Lunatic asylums in Bengal annual reports 1899-1911 - 1899-1911
Year: 1899
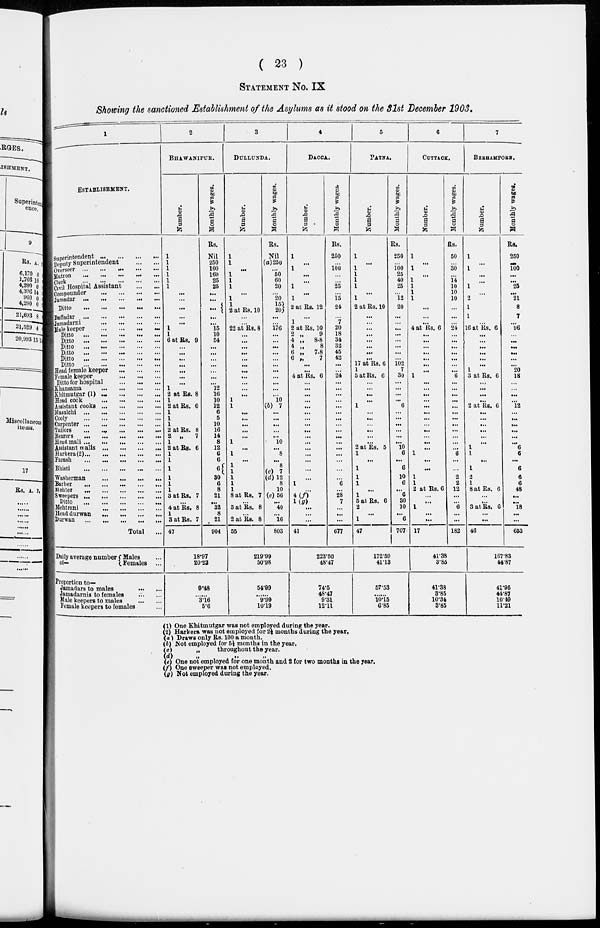
( 23 )
STATEMENT NO. IX
Showing the sanctioned Establishment of the Asylums as it stood on the 31st December 1903.
1
ESTABLISHMENT.
Superintendent
...
...
...
...
Deputy Superintendent
...
...
Overseer
...
...
...
...
...
Matron
...
...
...
...
...
Clerk
...
...
...
...
...
Civil Hospital Assistant
...
...
Compounder
...
...
...
...
Jamadar
...
...
...
...
...
Ditto ... ... ... ... ... ...
Daffadar
...
...
...
...
...
Jamadarni
...
...
...
...
Male keeper
...
...
...
...
Ditto
...
...
...
...
...
Ditto
...
...
...
...
...
Ditto
...
...
...
...
...
Ditto
...
...
...
...
...
Ditto
...
...
...
...
...
Ditto
...
...
...
...
...
Head female keeper
...
...
...
Female keeper
...
...
...
Ditto for hospital
...
...
...
Khansama
...
...
...
...
Khitmutgar (1)
...
...
...
...
Head cook ... ... ... ...
Assistant cooks
...
...
...
...
Masalchi
...
...
...
...
...
Cooly
...
...
...
...
...
...
Carpenter
...
...
...
...
...
Tailors
...
...
...
...
...
Bearers
...
...
...
...
...
Head mali
...
...
...
...
...
Assistant malis ... ... ... ... ...
Harkera(2) ... ... ... ... ...
Farash
...
...
...
...
...
Bhisti ... ... ... ... ...
Washerman
...
...
...
...
Barber
...
...
...
...
...
Mehter
...
...
...
...
...
Sweepers
...
...
...
...
...
Ditto
...
...
...
...
...
Mehtrani
...
...
...
...
...
Headdurwan ... ... ... ... ...
Durwan
...
...
...
...
...
Total ...
2
BHAWANIPUR.
Number.
...
...
...
...
...
...
...
...
...
...
...
1
1
6 at Rs. 9
...
...
...
...
...
...
...
1
2 at Rs. 8
1
2 at Rs. 6
1
1
1
2 at Rs. 8
2 „
7
1
2 at Rs. 6
1
1
1
1
1
1
3 at Rs. 7
...
4 at Rs. 8
1
3 at Rs. 7
47
Monthly wages.
Rs.
Nil
250
100
160
25
25
...
...
...
...
...
15
10
54
...
...
...
...
...
...
...
12
16
10
12
6
5
10
16
14
8
12
6
6
6
30
6
8
21
...
32
8
21
904
3
DULLUNDA.
Number.
1
1
...
1
1
1
...
1
1 2 at Rs. 10
...
...
22 at Rs. 8
...
...
...
...
...
...
...
...
...
...
...
1
1
...
...
...
...
...
1
...
1
...
1
1
1
1
1
8 at Rs. 7
...
5 at Rs. 8
...
2 at Rs. 8
55
Monthly wages.
Rs.
Nil
(a)250
...
50
60
20
...
20
15
20
...
...
176
...
...
...
...
...
...
...
...
...
...
...
10
(b) 7
...
...
...
...
...
10
...
8
...
8
(c) 7
(d)12
8
10
(e) 56
...
40
...
16
803
4
DACCA.
Number.
1
...
1
...
...
1
...
1
2 at Rs. 12
...
1
2 at Rs. 10
2 „
9
4 „
8-8
4 „
8
6 „
7-8
6 „
7
...
...
4 at Rs. 6
...
...
...
...
...
...
...
...
...
...
...
...
...
...
...
...
1
...
4(f)
1(g)
...
...
...
41
Monthly wages.
Rs.
250
...
100
...
...
25
...
15
24
...
7
20
18
34
32
45
42
...
...
24
...
...
...
...
...
...
...
...
...
...
...
...
...
...
...
...
6
...
28
7
...
...
...
677
5
PATNA.
Number.
1
...
1
1
1
1
...
1
2 at Rs. 10
...
...
...
...
...
...
...
...
17 at Rs. 6
1
5 at Rs. 6
...
...
...
...
1
...
...
...
...
...
...
2 at Rs. 5
1
...
1
1
1
...
1
5 at Rs. 6
2
...
1
47
Monthly wages.
Rs.
250
...
100
25
40
25
...
12
20
...
...
...
...
...
...
...
...
102
7
30
...
...
...
...
6
...
...
...
...
...
...
10
6
...
6
10
6
...
6
30
10
...
6
707
6
CUTTACK.
Number.
1
...
1
...
1
1
1
1
...
...
...
4 at Rs. 6
...
...
...
...
...
...
...
1
...
...
...
...
...
...
...
...
...
...
...
...
1
...
...
1
1
2 at Rs. 6
...
...
1
...
...
17
Monthly wages.
Rs.
50
...
30
...
14
10
10
10
...
...
...
24
...
...
...
...
...
...
...
6
...
...
...
...
...
...
...
...
...
...
...
...
6
...
...
2
2
12
...
...
6
...
...
182
7
BERHAMPORE.
Number.
1
...
1
...
...
1
...
2
1
1
...
16 at Rs. 6
...
...
...
...
...
...
1
3 at Rs. 6
...
...
...
...
2 at Rs. 6
...
...
...
...
...
...
1
1
...
1
2
1
8 at Rs. 6
...
...
3 at Rs. 6
...
...
46
Monthly wages.
Rs.
250
...
100
...
...
25
...
21
8
7
...
96
...
...
...
...
...
...
20
18
...
...
...
...
12
...
...
...
...
...
...
6
6
...
6
6
6
48
...
...
18
...
...
653
Daily average number
of—
Males ...
Females ...
Proportion to—
Jamadars to males
...
...
Jamadarnis to females ... ...
Male keepers to males
...
...
Female keepers to females ...
18.97
20.23
9.48
......
3.16
5.6
219.99
50.98
54.99
......
9.99
10.19
223.50
48.47
74.5
48.47
9.31
12.11
172.59
41.13
57.53
......
10.15
6.85
41.38
3.85
41.38
3.85
10.34
3.85
167.83
44.87
41.95
44.87
10.40
11.21
(1) One Khitmutgar was not employed during the year.
(2) Harkera was not employed for 2½ months during the year.
(a) Draws only Rs. 100 a month.
(b) Not employed for 5½ months in the year.
( c) „ throughout the year.
(d)
„
„
„
(e) One not employed for one month and 2 for two months in the year.
(f) One sweeper was not employed.
(g) Not employed during the year.